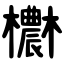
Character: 欁